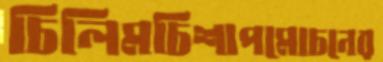
চিলিমচিশাপমোচনের